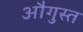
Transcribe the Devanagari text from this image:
औगुस्त